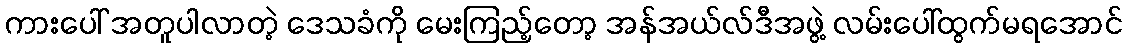
ကားပေါ် အတူပါလာတဲ့ ဒေသခံကို မေးကြည့်တော့ အန်အယ်လ်ဒီအဖွဲ့ လမ်းပေါ်ထွက်မရအောင်